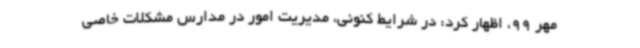
مهر 99، اظهار کرد: در شرایط کنونی، مدیریت امور در مدارس مشکلات خاصی